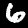
Label: 6